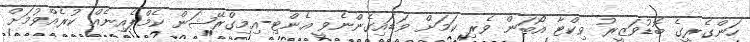
ހަންގެރީގެ ބޮޑުވަޒީރު ވިކްޓާ އޯބަން ވެރި ކަމަށް ވަޑައިގެންނެވީ އެންޓި-އިމިގްރޭޝަން ކެމްޕެއިނެއް ކުރެއްވުމަށް